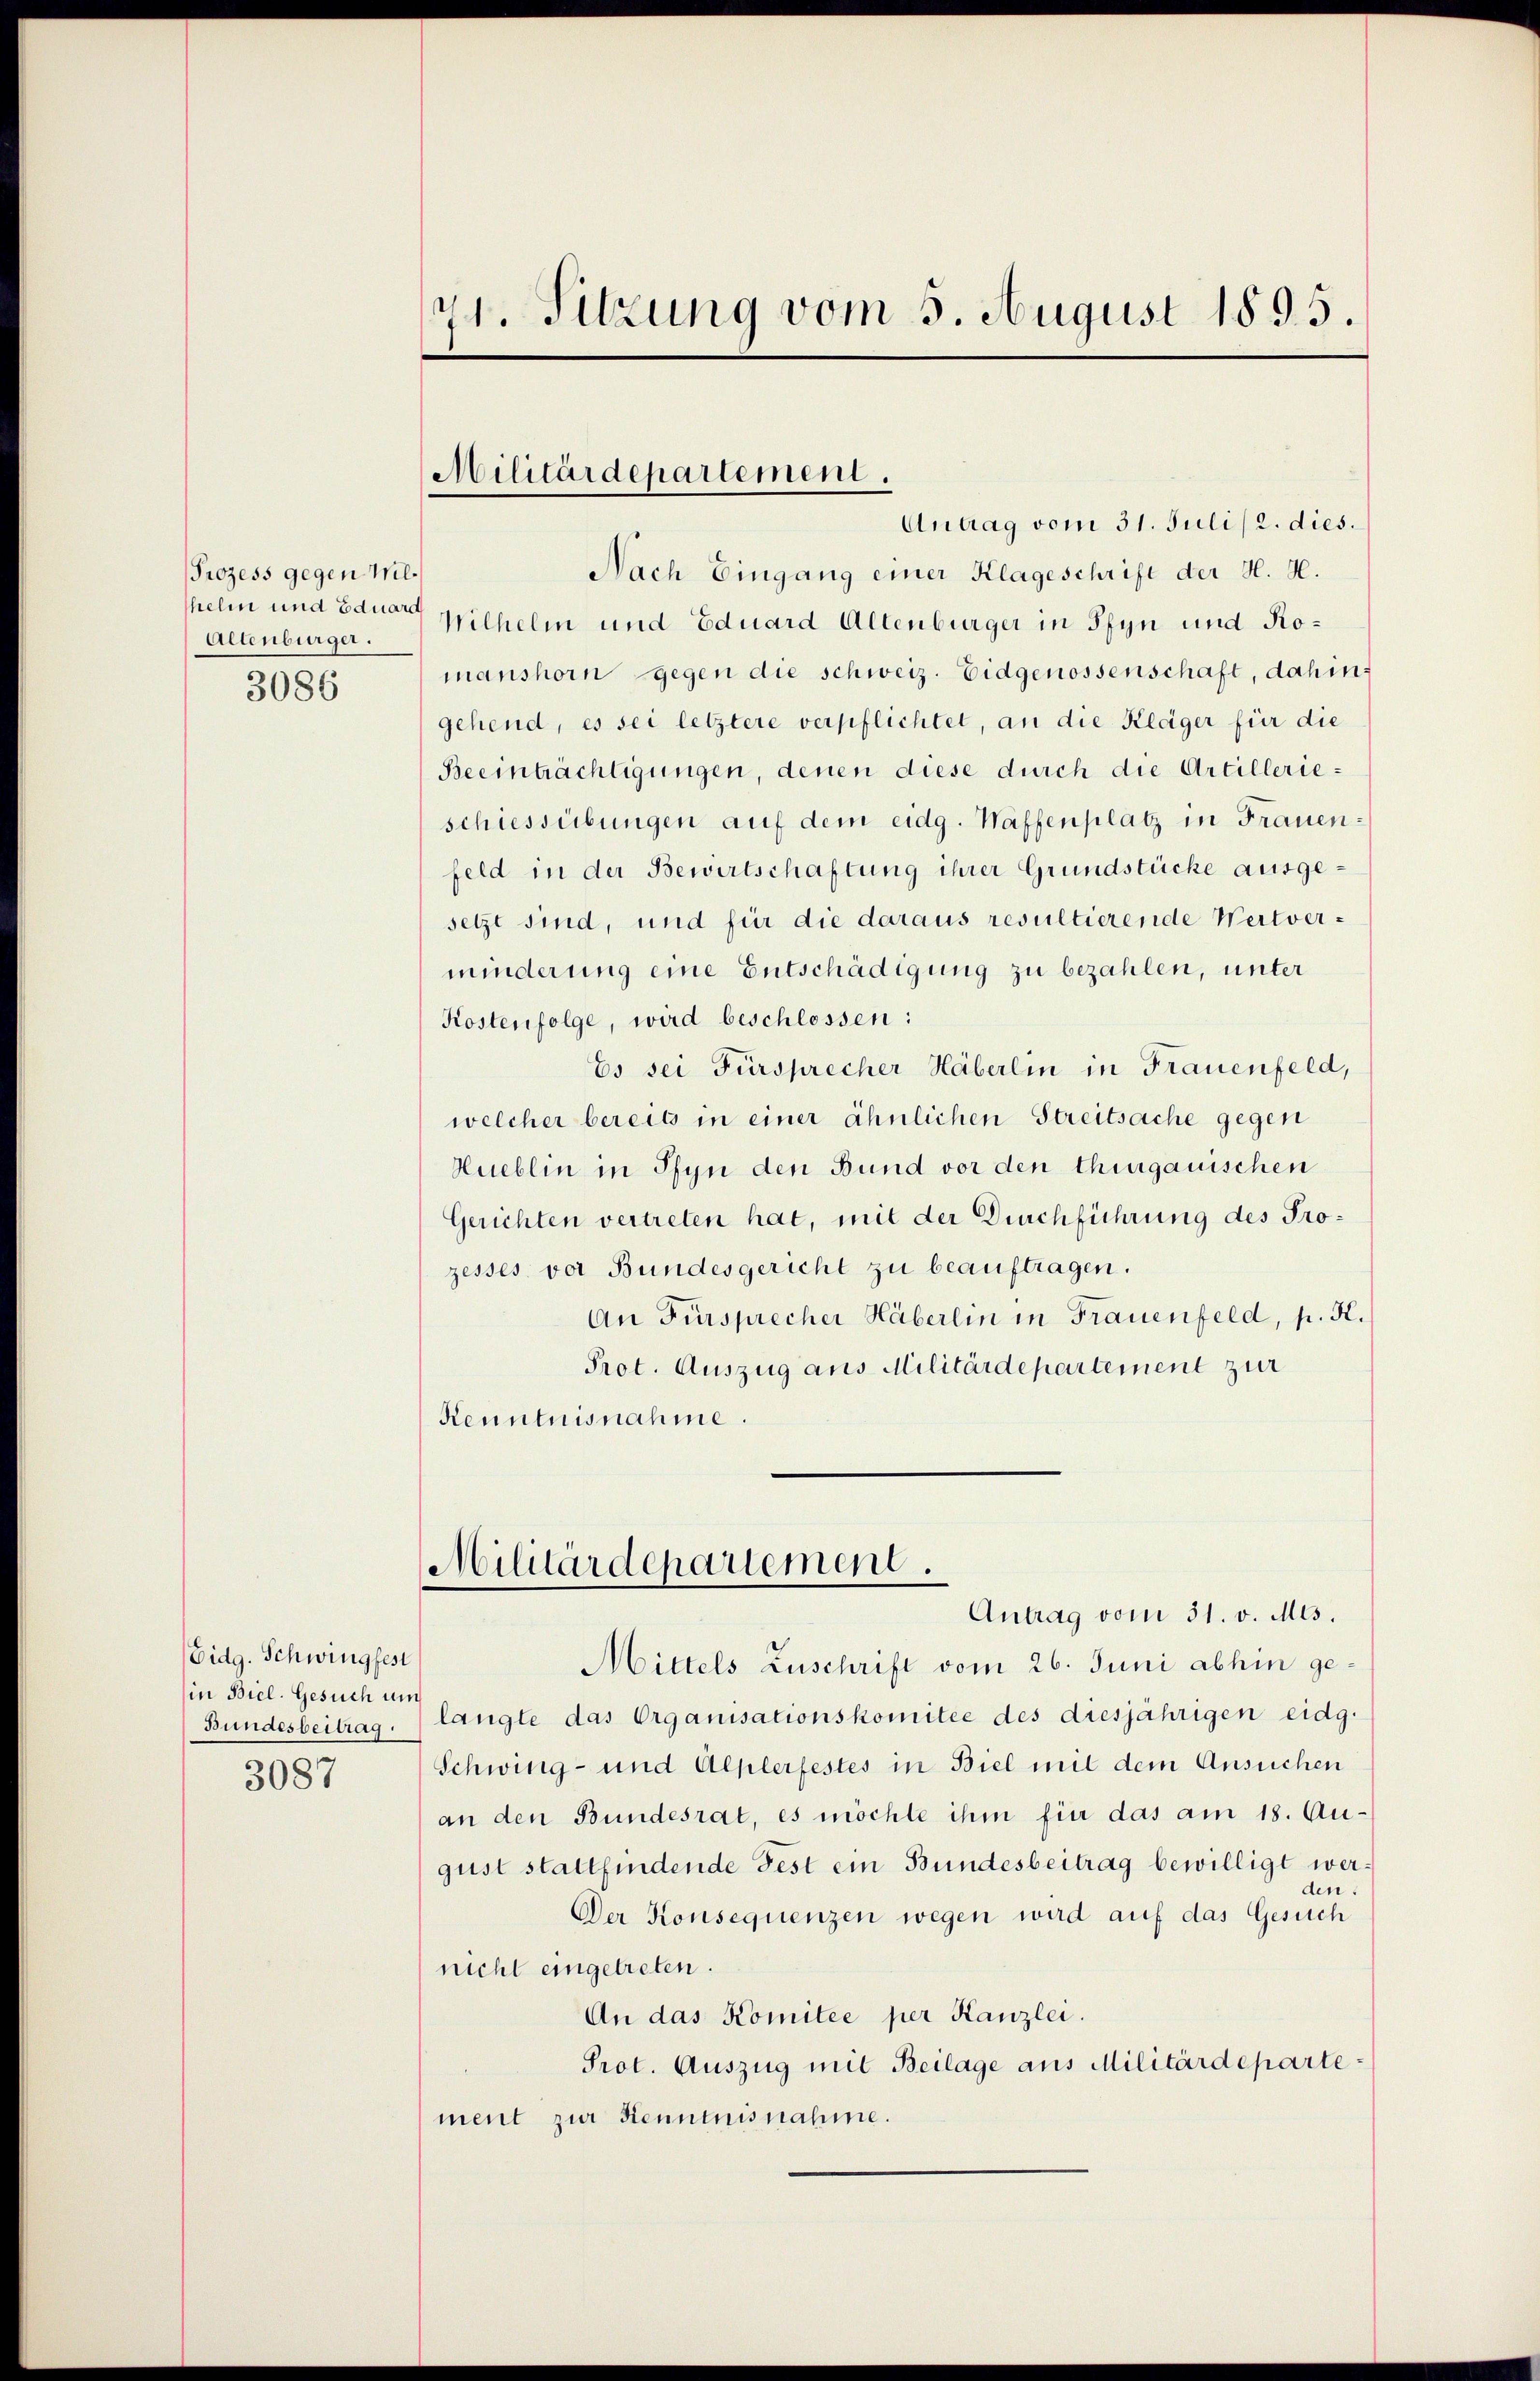
Prozess gegen Wilhelin und Eduard
Altenburger.
3086

Eidg. Schwingfest
(in Biel. Gesuch um
Bundesbeitrag
3087

71. Sitzung vom 5. August 1895.

Militärdepartement.

Antrag vom 31. Juli/2. dies.
Nach Eingang einer Klageschrift der H. H.
Wilhelm und Eduard Altenburger in Pfyn und Komanshorn gegen die schweiz. Eidgenossenschaft, dahingehend, es sei letztere verpflichtet, an die Kläger für die
Beeinträchtigungen, denen diese durch die Artillerieschiessübungen auf dem eidg. Waffenplatz in Frauenfeld in der Bewirtschaftung ihrer Grundstücke ausgesetzt sind, und für die daraus resultierende Wertverminderung eine Entschädigung zu bezahlen, unter
Kostenfolge, wird beschlossen:
Es sei Fürsprecher Häberlin in Frauenfeld,
welcher bereits in einer ähnlichen Streitsache gegen
Hueblin in Pfyn den Bund vor den thurgauischen
Gerichten vertreten hat, mit der Durchführung des Prozesses vor Bundesgericht zu beauftragen.
An Fürsprecher Häberlin in Frauenfeld, p. K.
Prot. Auszug aus Militärdepartement zur
Kenntnisnahme

Militärdepartement.

Antrag vom 31. v. Mts.
Mittels Zuschrift vom 26. Juni abhin gelangte das Organisationskomitee des diesjährigen eidg.
Schwing- und Alplerfestes in Biel mit dem Ansuchen
an den Bundesrat, es möchte ihm für das am 18. Au-
gust stattfindende Fest ein Bundesbeitrag bewilligt werden.
Der Konsequenzen wegen wird auf das Gesuch
nicht eingetreten.
An das Komitée per Kanzlei.
Prot. Auszug mit Beilage aus Militärdeparte:
ment zur Kenntnisnahme.